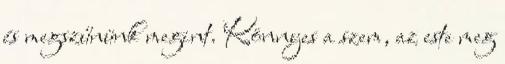
és megszűnünk megint. Könnyes a szem, az este meg